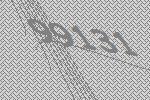
99131